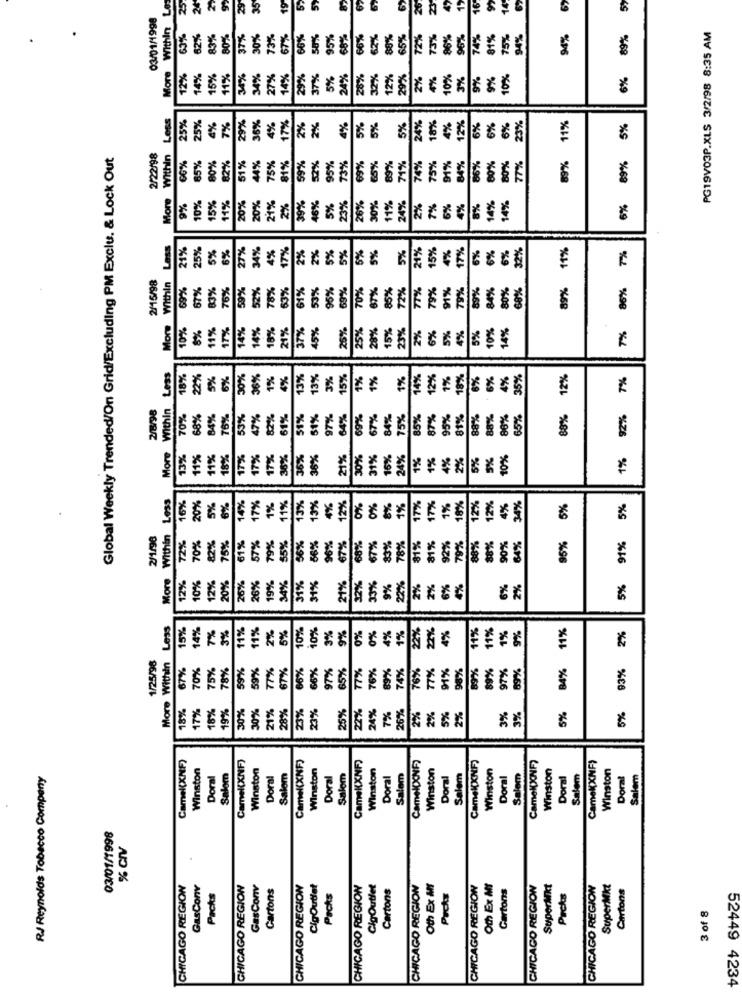
More Within Les
25
24
29
35
19
26
16:
69
5>
03/01/1998
PG19V03P.XLS 3/2/98 8:35 AM
63%
62%
83%
80%
37%
30%
73%
67%
50%
95%
66%
62%
88%
65%
72%
73%
$6%
96%
74%
81%
75%
94%
94%
89%
12%
14%
15%
11%
34%
27%
14%
29%
37%
5%
24%
28%
32%
12%
29%
2%
3%
9%
9%
10%
6%
Less
2%
4%
24%
12%
6%
23%
11%
25%
25%
4%
7%
29%
36%
4%
17%
2%
5%
5%
5%
18%
4%
6%
6%
5%
Global Weekly Trended/On Grid/Excluding PM Exclu. & Lock Out
2/22/98
Within
73%
84%
89%
69%
00%
5%
80%
82%
51%
44%
75%
81%
59%
52%
95%
69%
65%
89%
71%
74%
75%
91%
86%
80%
80%
77%
21%
19%
23%
26%
30%
11%
More
10%
15%
11%
20%
20%
2%
46%
5%
24%
2%
7%
6%
4%
8%
14%
4%
6%
%6
Less
21%
45%
5%
6%
27%
34%
4%
17%
2%
2%
5%
5%
5%
5%
15%
4%
17%
6%
6%
6%
32%
11%
7%
5%
219
2/15/98
More Within
69%
67%
83%
76%
39%
52%
75%
53%
51%
53%
95%
69%
70%
87%
85%
72%
77%%
79%
91%
79%
89%
84%
80%
60%
39%
86%
10%
8%
1%
17%
14%
14%
18%
21%
37%
45%
25%
25%
28%
15%
23%
6%
5%
4%
0%
14%
7%
2%
5%
15%
Less
18%
22%
5%
6%
30%
36%
1%
4%
13%
13%
3%
1%
1%
1%
14%
12%
1%
18%
6%
6%
4%
35%
12%
7%
Within
65%
2/8/98
70%
68%
84%
76%
53%
47%
82%
61%
51%
51%
97%
64%
69%
67%
84%
75%
85%
87%
95%
81%
88%
88%
86%
88%
92%
More
13%
11%
11%
18%
17%
17%
17%
36%
36%
36%
21%
30%
31%
16%
24%
1%
1%
4%
2%
5%
5%
10%
1%
Less
20%
6%
14%
17%
1%
11%
13%
4%
12%
17%
1%
18%
4%
34%
16%
5%
13%
0%
0%
8%
1%
17%
12%
12%
95% 5%
5%
2/1/96
Within
More Within
22%
96%
68%
67%
81%
92%
91%
72%
70%
75%
61%
57%
79%
35%
56%
56%
67%
83%
78%
81%
79%
88%
88%
90%
64%
19%
12%
10%
12%
20%
26%
26%
34%
31%
31%
21%
32%
33%
9%
22%
2%
2%
6%
4%
6%
2%
5%
Less
15%
14%
7%
3%
1%
11%
2%
5%
10%
10%
3%
9%
0%
4%
1%
22%
22%
4%
11%
11%
9%
11%
2%
0%
1%
1/25/98
More Within
70%
15%
78%
59%
59%
77%
67%
06%
66%
65%
77%
76%
89%
74%
76%
7%
91%
98%
89%
97%
89%
84%
93%
67%
97%
18%
17%
18%
19%
21%
28%
23%
23%
25%
22%
24%
7%
26%
2%
5%
2%
5%
30%
30%
2%
3%
3%
5%
Camel(XNF)
Camel(XNF)
Camel(XNF)
CameKXNF?
Camel(XNF
Camel(XNF)
Winston
Winston
Winston
Winston
Winston
Winston
Camel(XNF)
Winston
CamelXNF)
Winston
RJ Reynolds Tobacco Company
Doral
Salom
Doral
Salem
Doral
Salom
Doral
Salem
Doral
Salem
Doral
Salem
Doral
Salem
Doral
Salem
03/01/1998
% GIV
CHICAGO REGION
GasConv
CHICAGO REGION
GasConv
Cartons
CHICAGO REGION
CigOutlet
CHICAGO REGION
GigOutlet
Cartons
CHICAGO REGION
Oth Ex MI
CHICAGO REGION
Oth Ex MI
Cartons
CHICAGO REGION
SuperMkt
CHICAGO REGION
SuperMkt
Cartons
Packs
Packs
Packs
Packs
3 of 8
52449 4234